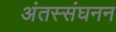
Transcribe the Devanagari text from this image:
अंतस्संघनन